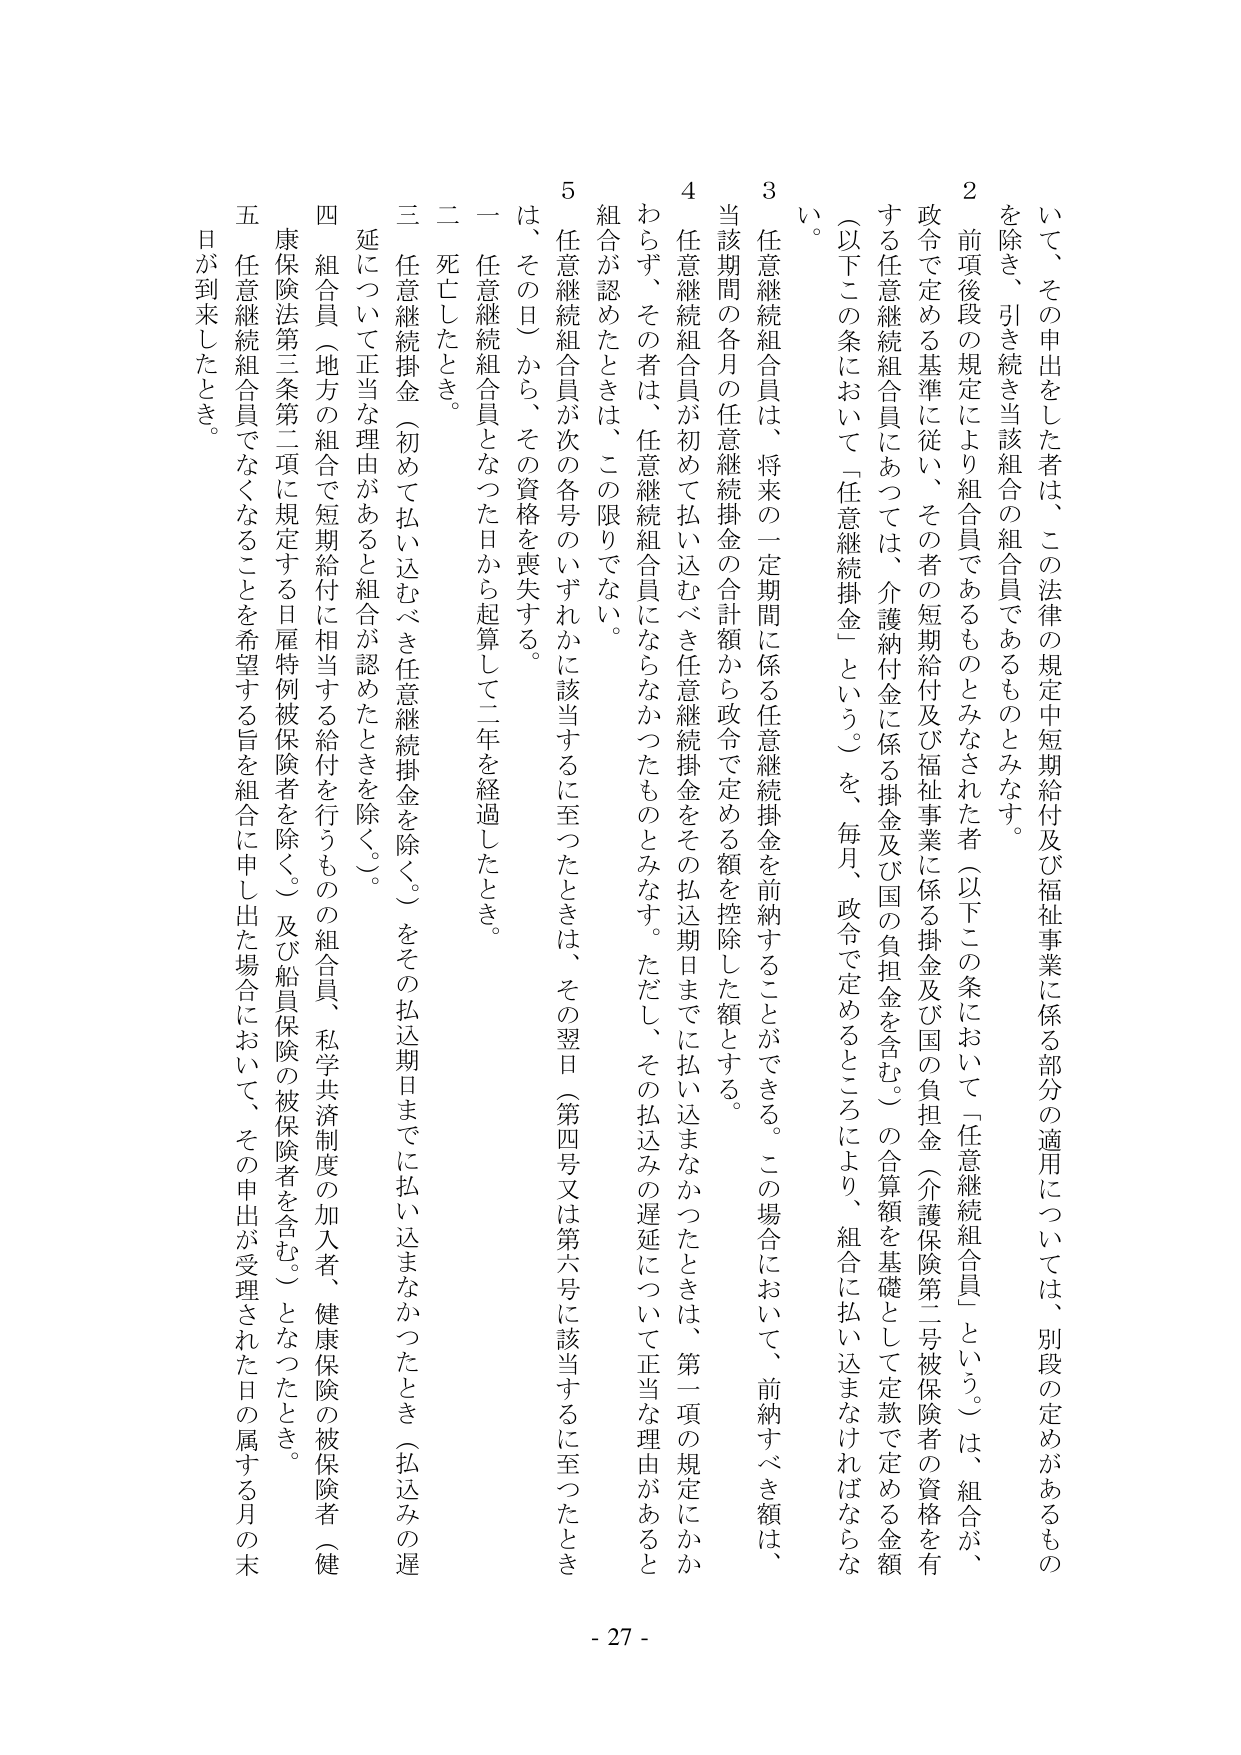
いて、その申出をした者は、この法律の規定中短期給付及び福祉事業に係る部分の適用については、別段の定めがあるもの
を除き、引き続き当該組合の組合員であるものとみなす。
２ 前項後段の規定により組合員であるものとみなされた者（以下この条において「任意継続組合員」という。）は、組合が、
政令で定める基準に従い、その者の短期給付及び福祉事業に係る掛金及び国の負担金（介護保険第二号被保険者の資格を有
する任意継続組合員にあっては、介護納付金に係る掛金及び国の負担金を含む。）の合算額を基礎として定款で定める金額
（以下この条において「任意継続掛金」という。）を、毎月、政令で定めるところにより、組合に払い込まなければならな
い。
３ 任意継続組合員は、将来の一定期間に係る任意継続掛金を前納することができる。この場合において、前納すべき額は、
当該期間の各月の任意継続掛金の合計額から政令で定める額を控除した額とする。
４ 任意継続組合員が初めて払い込むべき任意継続掛金をその払込期日までに払い込まなかったときは、第二項の規定にかか
わらず、その者は、任意継続組合員にならなかったものとみなす。ただし、その払込みの遅延について正当な理由があると
組合が認めたときは、この限りでない。
５ 任意継続組合員が次の各号のいずれかに該当するに至ったときは、その翌日（第四号又は第六号に該当するに至ったとき
は、その日）から、その資格を喪失する。
一 任意継続組合員となった日から起算して二年を経過したとき。
二 死亡したとき。
三 任意継続掛金（初めて払い込むべき任意継続掛金を除く。）をその払込期日までに払い込まなかったとき（払込みの遅
延について正当な理由があると組合が認めたときを除く。）。
四 組合員（地方の組合で短期給付に相当する給付を行うものの組合員、私学共済制度の加入者、健康保険の被保険者（健
康保険法第三条第二項に規定する日雇特例被保険者を除く。）及び船員保険の被保険者を含む。）となったとき。
五 任意継続組合員でなくなることを希望する旨を組合に申し出た場合において、その申出が受理された日の属する月の末
日が到来したとき。
- 27 -